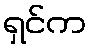
ရှင်က